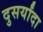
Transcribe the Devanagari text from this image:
दुसर्यांदा